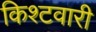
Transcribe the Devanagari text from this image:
किश्टवारी